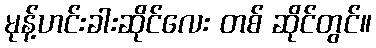
မုန့်ဟင်းခါးဆိုင်လေး တစ် ဆိုင်တွင်။